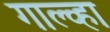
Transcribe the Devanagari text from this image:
गाल्व्हा